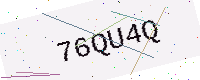
Text: 76QU4Q